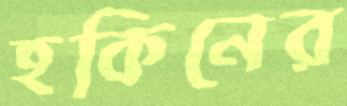
হকিনের